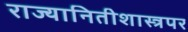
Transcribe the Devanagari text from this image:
राज्यानितीशास्त्रपर